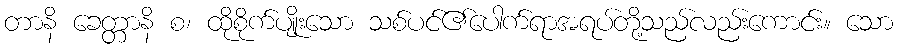
တာနိ ခေတ္တာနိ စ၊ ထိုစိုက်ပျိုးသော သစ်ပင်၏ပေါက်ရာအရပ်တို့သည်လည်းကောင်း။ သော